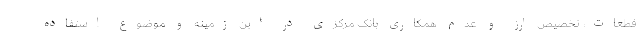
قطعات، تخصیص ارز و عدم همکاری بانک مرکزی در این زمینه و موضوع استفاده